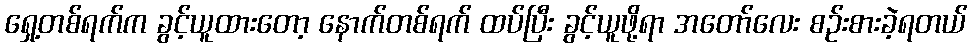
ရှေ့တစ်ရက်က ခွင့်ယူထားတော့ နောက်တစ်ရက် ထပ်ပြီး ခွင့်ယူဖို့ရာ အတော်လေး စဉ်းစားခဲ့ရတယ်